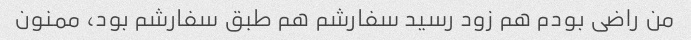
من راضی بودم هم زود رسید سفارشم هم طبق سفارشم بود، ممنون